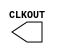
module RCOSC_1MHZ ( 
  CLKOUT );

/* synthesis black_box */

output CLKOUT;

endmodule